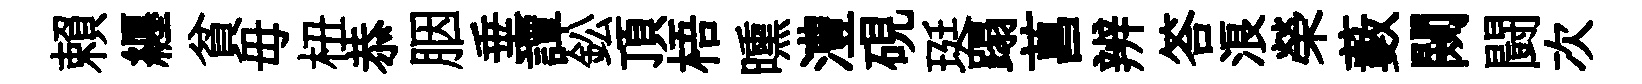
賴纒貧毋杻恭胭垂譚鈆頂梧曛澧硯珽蹋菖辨答浪榮藪闚闘次